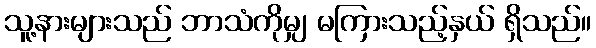
သူ့နားများသည် ဘာသံကိုမျှ မကြားသည့်နှယ် ရှိသည်။